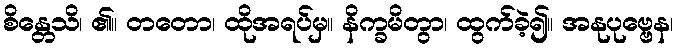
စိန္တေသိ၊ ၏။ တတော၊ ထိုအရပ်မှ။ နိက္ခမိတွာ၊ ထွက်ခဲ့၍။ အနုပုဗ္ဗေန၊